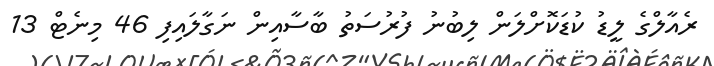
ރެއާލްގެ ލީޑު ކުޑަކޮށްލަން ލިބުނު ފުރުސަތު ބާސާއިން ނަގާލައިފި 46 މިނެޓް 13